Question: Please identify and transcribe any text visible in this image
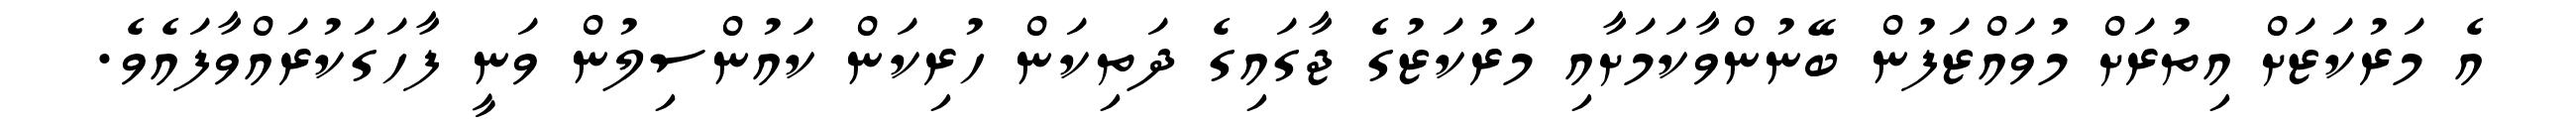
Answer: އެ މަރުކަޒަށް އިތުރަށް މުވައްޒަފުން ބޭނުންވާކަމަށާއި މަރުކަޒުގެ ޖާގައިގެ ދަތިކަން ހުރިކަން ކައުންސިލުން ވަނީ ފާހަގަކުރައްވާފައެވެ.